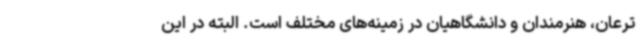
ترعان، هنرمندان و دانشگاهیان در زمینه‌های مختلف است. البته در این